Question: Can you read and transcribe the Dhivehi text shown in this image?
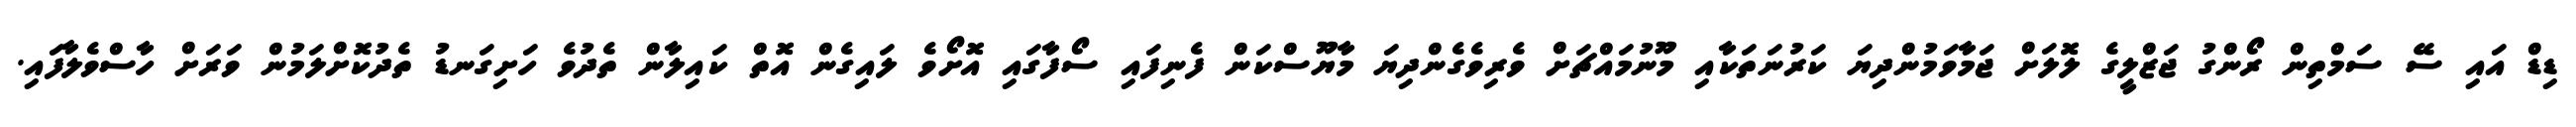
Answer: ޑިޑް އައި ސޭ ސަމްތިން ރޯންގު ޖަޒްލީގެ ލޮލަށް ޖަމާވަމުންދިޔަ ކަރުނަތަކާއި މޫނުމައްޗަށް ވެރިވެގެންދިޔަ މާޔޫސްކަން ފެނިފައި ސޯފާގައި އޮށޯވެ ލައިގެން އޮތް ކައިލާން ތެދުވެ ހަށިގަނޑު ތެދުކޮށްލަމުން ވަރަށް ހާސްވެލާފައި.